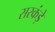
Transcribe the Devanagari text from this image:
सरकंड़े